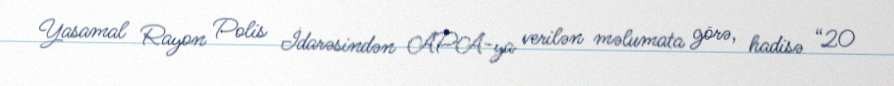
Yasamal Rayon Polis İdarəsindən APA-ya verilən məlumata görə, hadisə “20